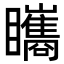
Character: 𥍋